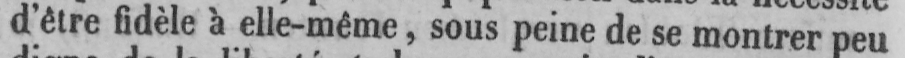
d’être fidèle à elle-même, sous peine de se montrer peu